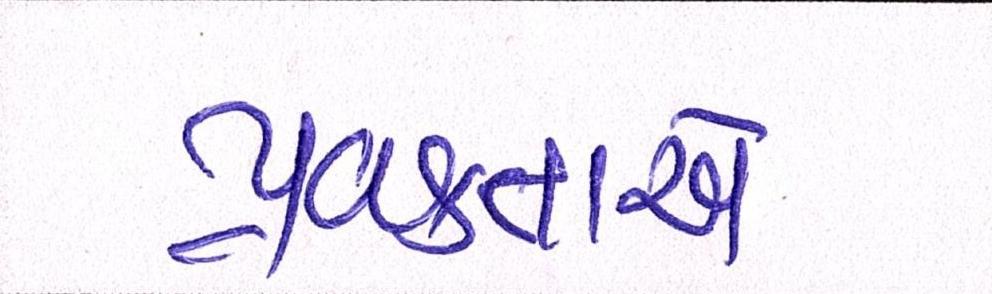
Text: પ્રવક્તાએ